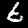
Label: 6